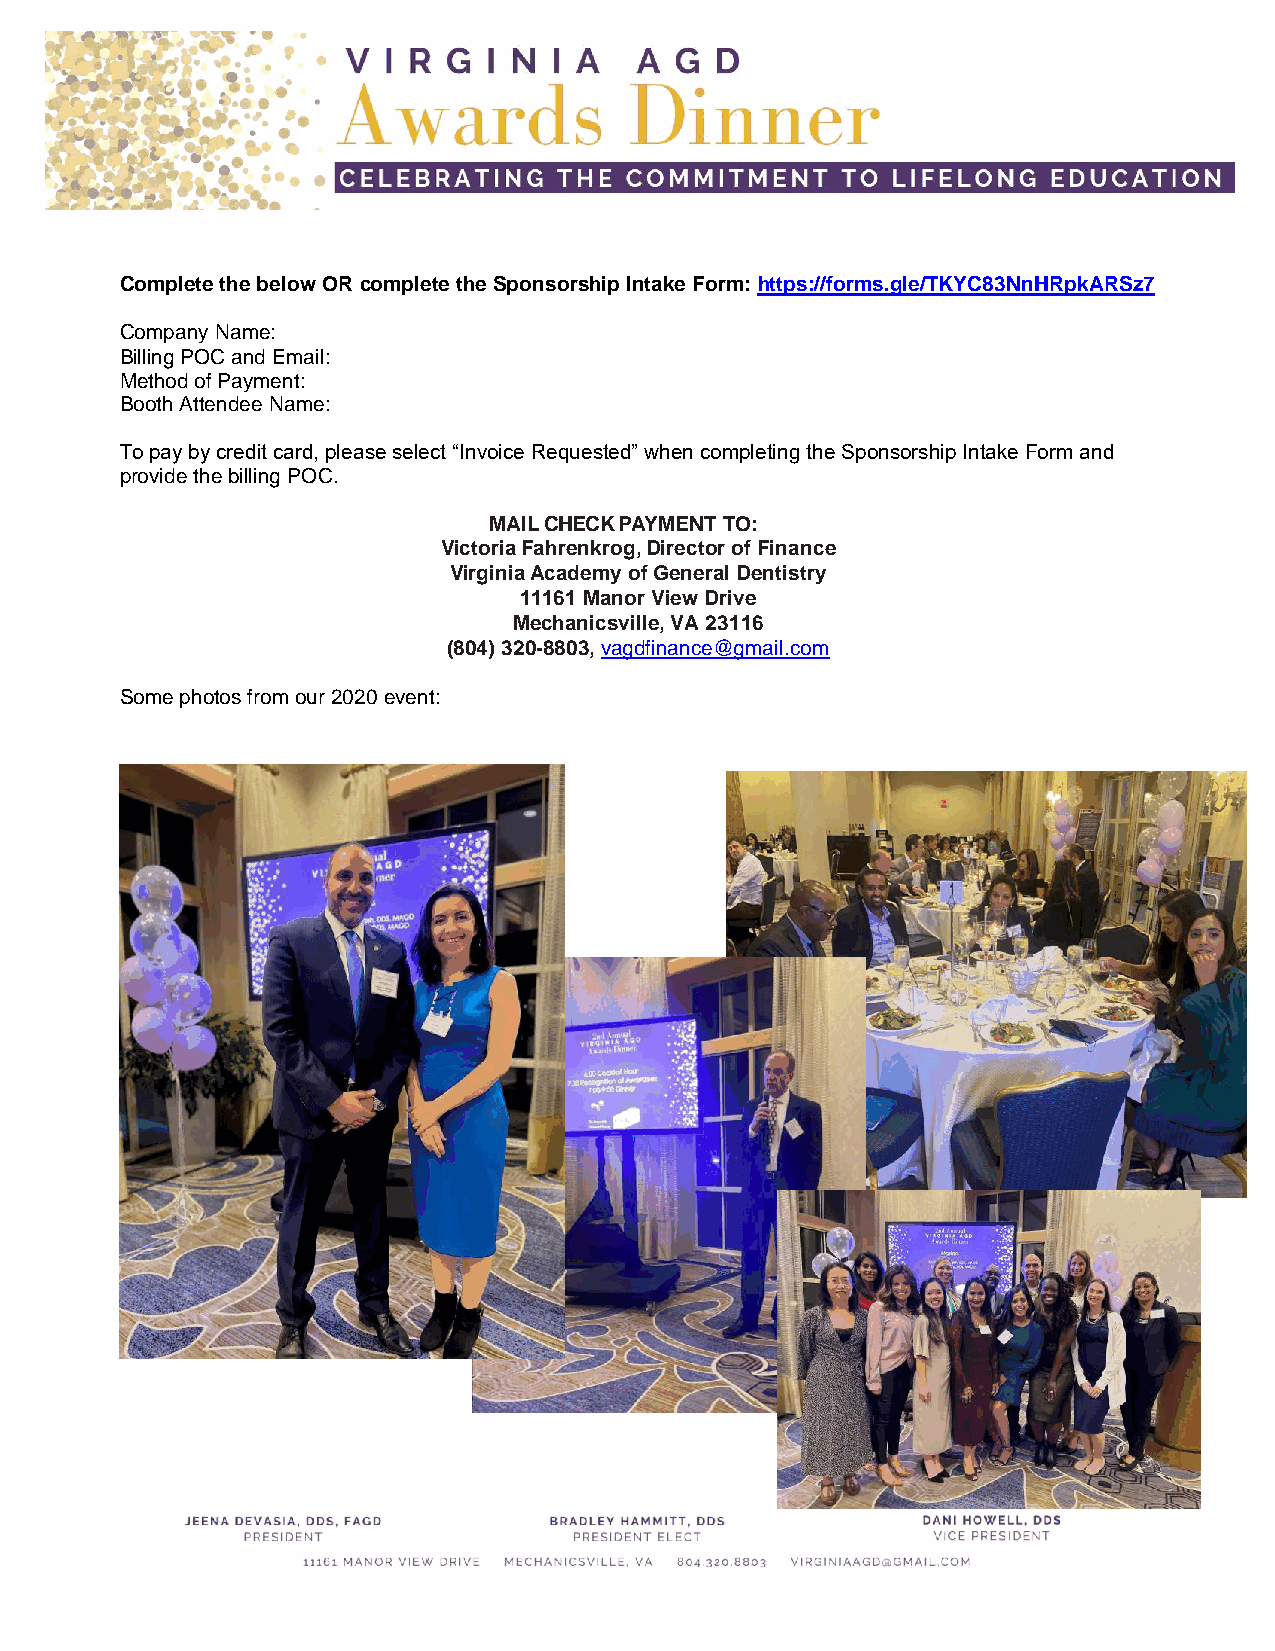
Complete the below OR complete the Sponsorship Intake Form: https://forms.gle/TKYC83NnHRpkARSz7
 Company Name:
 Billing POC and Email:
 Method of Payment:
 Booth Attendee Name:
 To pay by credit card, please select “Invoice Requested” when completing the Sponsorship Intake Form and
 provide the billing POC.
 MAIL CHECK PAYMENT TO:
 Victoria Fahrenkrog, Director of Finance
 Virginia Academy of General Dentistry
 11161 Manor View Drive
 Mechanicsville, VA 23116
 (804) 320-8803, vagdfinance@gmail.com
 Some photos from our 2020 event: